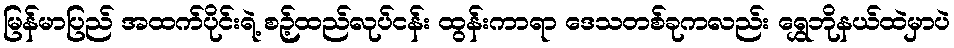
မြန်မာပြည် အထက်ပိုင်းရဲ့ စဉ့်ထည်လုပ်ငန်း ထွန်းကာရာ ဒေသတစ်ခုကလည်း ရွှေဘိုနယ်ထဲမှာပဲ